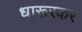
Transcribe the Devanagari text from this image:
धारूरकर